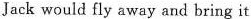
Jack would fly away and bring it